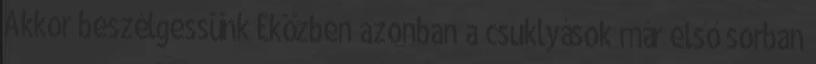
Akkor beszélgessünk Eközben azonban a csuklyások már első sorban